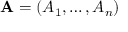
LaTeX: \mathbf { A } = ( A _ { 1 } , \ldots , A _ { n } )